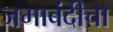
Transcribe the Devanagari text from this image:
जमाबंदीचा